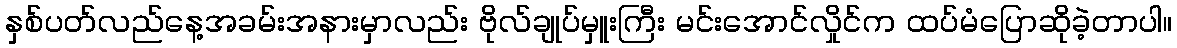
နှစ်ပတ်လည်နေ့အခမ်းအနားမှာလည်း ဗိုလ်ချုပ်မှူးကြီး မင်းအောင်လှိုင်က ထပ်မံပြောဆိုခဲ့တာပါ။